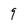
Character: 9